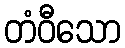
တံဝီသော